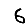
Digit: 6